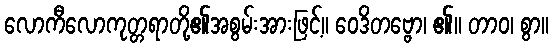
လောကီလောကုတ္တရာတို့၏အစွမ်းအားဖြင့်။ ဝေဒိတဗ္ဗော၊ ၏။ တာဝ၊ စွာ။